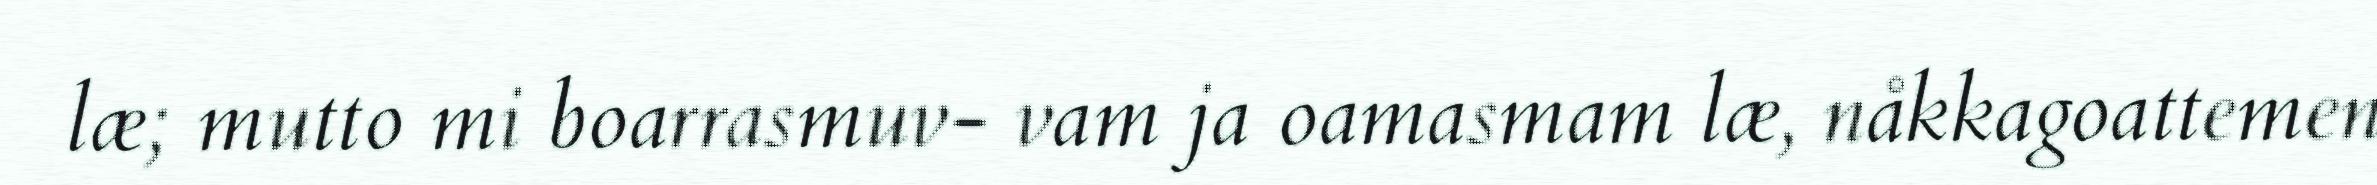
læ; mutto mi boarrasmuv- vam ja oamasmam læ, nåkkagoattemen